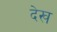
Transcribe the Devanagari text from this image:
देख्‍ा